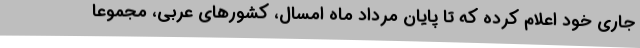
جاری خود اعلام کرده که تا پایان مرداد ماه امسال، کشورهای عربی، مجموعا